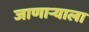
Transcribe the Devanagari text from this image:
जाणाऱ्याला